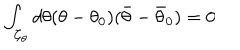
\int _ { { \cal C } _ { \theta } } d \theta ( \theta - \theta _ { 0 } ) ( \bar { \theta } - \bar { \theta } _ { 0 } ) = 0